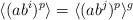
LaTeX: \begin{align*}\langle (ab^i)^p\rangle= \langle (ab^j)^p\rangle^g\end{align*}